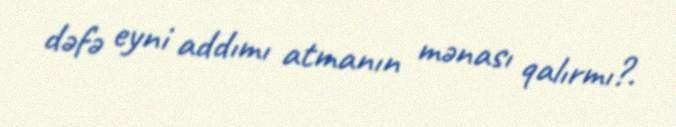
dəfə eyni addımı atmanın mənası qalırmı?.